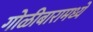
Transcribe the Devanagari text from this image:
गोळीबारामध्ये